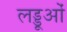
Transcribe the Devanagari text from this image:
लड्डूओं